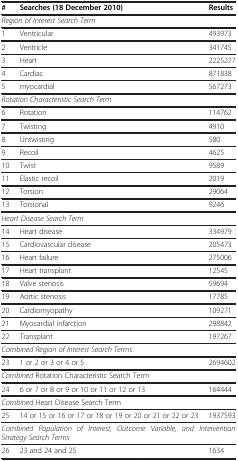
| # | Searches (18 December 2010) | Results |
 | --- | --- | --- |
 | <COLSPAN=3> Region of Interest Search Term |
 | 1 | Ventricular | 493973 |
 | 2 | Ventricle | 341745 |
 | 3 | Heart | 2225277 |
 | 4 | Cardiac | 871838 |
 | 5 | myocardial | 567273 |
 | <COLSPAN=3> Rotation Characteristic Search Term |
 | 6 | Rotation | 114762 |
 | 7 | Twisting | 4910 |
 | 8 | Untwisting | 580 |
 | 9 | Recoil | 4625 |
 | 10 | Twist | 9589 |
 | 11 | Elastic recoil | 2019 |
 | 12 | Torsion | 29064 |
 | 13 | Torsional | 9246 |
 | <COLSPAN=3> Heart Disease Search Term |
 | 14 | Heart disease | 334979 |
 | 15 | Cardiovascular disease | 205473 |
 | 16 | Heart failure | 275006 |
 | 17 | Heart transplant | 12545 |
 | 18 | Valve stenosis | 59694 |
 | 19 | Aortic stenosis | 17785 |
 | 20 | Cardiomyopathy | 109271 |
 | 21 | Myocardial infarction | 298842 |
 | 22 | Transplant | 197267 |
 | <COLSPAN=3> Combined Region of Interest Search Terms |
 | 23 | 1 or 2 or 3 or 4 or 5 | 2694602 |
 | <COLSPAN=3> Combined Rotation Characteristic Search Term |
 | 24 | 6 or 7 or 8 or 9 or 10 or 11 or 12 or 13 | 164444 |
 |  | <COLSPAN=3> Combined Heart Disease Search Term |
 | 25 | 14 or 15 or 16 or 17 or 18 or 19 or 20 or 21 or 22 or 23 | 1937593 |  |
 | <COLSPAN=3> Combined Population of Interest, Outcome Variable, and Intervention Strategy Search Terms |  |
 | 26 | 23 and 24 and 25 | 1634 |  |